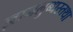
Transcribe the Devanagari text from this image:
ज्ञानलुब्धस्तथा